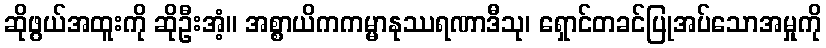
ဆိုဖွယ်အထူးကို ဆိုဦးအံ့။ အစ္စာယိကကမ္မာနုဿရဏာဒီသု၊ ရှောင်တခင်ပြုအပ်သောအမှုကို